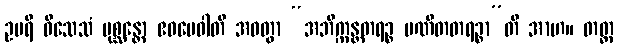
ဥပရိ ဝိသေသံ ပုစ္ဆန္တော ဧဝမေဝါတိ အဝတွာ “အဘိက္ကန္တတရဉ္စ ပဏီတတရဉ္စာ”တိ အာဟ။ တတ္ထ